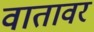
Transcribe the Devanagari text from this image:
वातावर